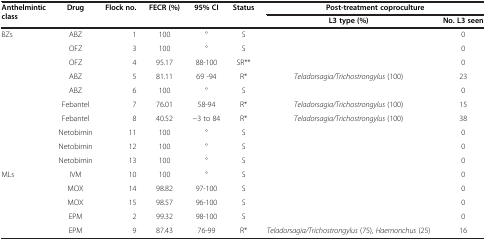
<table><thead><tr><td><b>Anthelmintic class</b></td><td><b>Drug</b></td><td><b>Flock no.</b></td><td><b>FECR (%)</b></td><td><b>95% CI</b></td><td><b>Status</b></td><td colspan="2"><b>Post-treatment coproculture</b></td></tr><tr><td colspan="6">[EMPTY_CELL]</td><td><b>L3 type (%)</b></td><td><b>No. L3 seen</b></td></tr></thead><tbody><tr><td rowspan="10">BZs</td><td>ABZ</td><td>1</td><td>100</td><td>°</td><td>S</td><td>[EMPTY_CELL]</td><td>0</td></tr><tr><td>OFZ</td><td>3</td><td>100</td><td>°</td><td>S</td><td>[EMPTY_CELL]</td><td>0</td></tr><tr><td>OFZ</td><td>4</td><td>95.17</td><td>88-100</td><td>SR**</td><td>[EMPTY_CELL]</td><td>0</td></tr><tr><td>ABZ</td><td>5</td><td>81.11</td><td>69 -94</td><td>R*</td><td><i>Teladorsagia/Trichostrongylus</i> (100)</td><td>23</td></tr><tr><td>ABZ</td><td>6</td><td>100</td><td>°</td><td>S</td><td>[EMPTY_CELL]</td><td>0</td></tr><tr><td>Febantel</td><td>7</td><td>76.01</td><td>58-94</td><td>R*</td><td><i>Teladorsagia/Trichostrongylus</i> (100)</td><td>15</td></tr><tr><td>Febantel</td><td>8</td><td>40.52</td><td>−3 to 84</td><td>R*</td><td><i>Teladorsagia/Trichostrongylus</i> (100)</td><td>38</td></tr><tr><td>Netobimin</td><td>11</td><td>100</td><td>°</td><td>S</td><td>[EMPTY_CELL]</td><td>0</td></tr><tr><td>Netobimin</td><td>12</td><td>100</td><td>°</td><td>S</td><td>[EMPTY_CELL]</td><td>0</td></tr><tr><td>Netobimin</td><td>13</td><td>100</td><td>°</td><td>S</td><td>[EMPTY_CELL]</td><td>0</td></tr><tr><td rowspan="4">MLs</td><td>IVM</td><td>10</td><td>100</td><td>°</td><td>S</td><td>[EMPTY_CELL]</td><td>0</td></tr><tr><td>MOX</td><td>14</td><td>98.82</td><td>97-100</td><td>S</td><td>[EMPTY_CELL]</td><td>0</td></tr><tr><td>MOX</td><td>15</td><td>98.57</td><td>96-100</td><td>S</td><td>[EMPTY_CELL]</td><td>0</td></tr><tr><td>EPM</td><td>2</td><td>99.32</td><td>98-100</td><td>S</td><td>[EMPTY_CELL]</td><td>0</td></tr><tr><td>[EMPTY_CELL]</td><td>EPM</td><td>9</td><td>87.43</td><td>76-99</td><td>R*</td><td><i>Teladorsagia/Trichostrongylus</i> (75), <i>Haemonchus</i> (25)</td><td>16</td></tr></tbody></table>